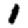
Digit: 1